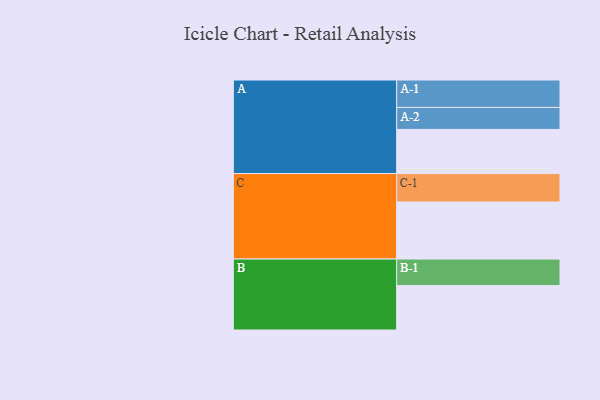
{"axis": {"x": "Segment", "y": "Value"}, "legend": ["", "A", "B", "C"], "data": [{"x": "A", "y": 301, "type": ""}, {"x": "B", "y": 303, "type": ""}, {"x": "C", "y": 389, "type": ""}, {"x": "A-1", "y": 187, "type": "A"}, {"x": "A-2", "y": 150, "type": "A"}, {"x": "B-1", "y": 181, "type": "B"}, {"x": "C-1", "y": 194, "type": "C"}]}